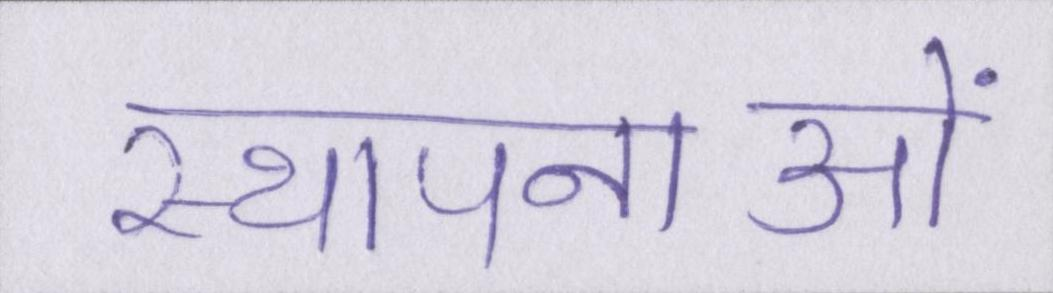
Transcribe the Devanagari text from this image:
स्थापनाओं